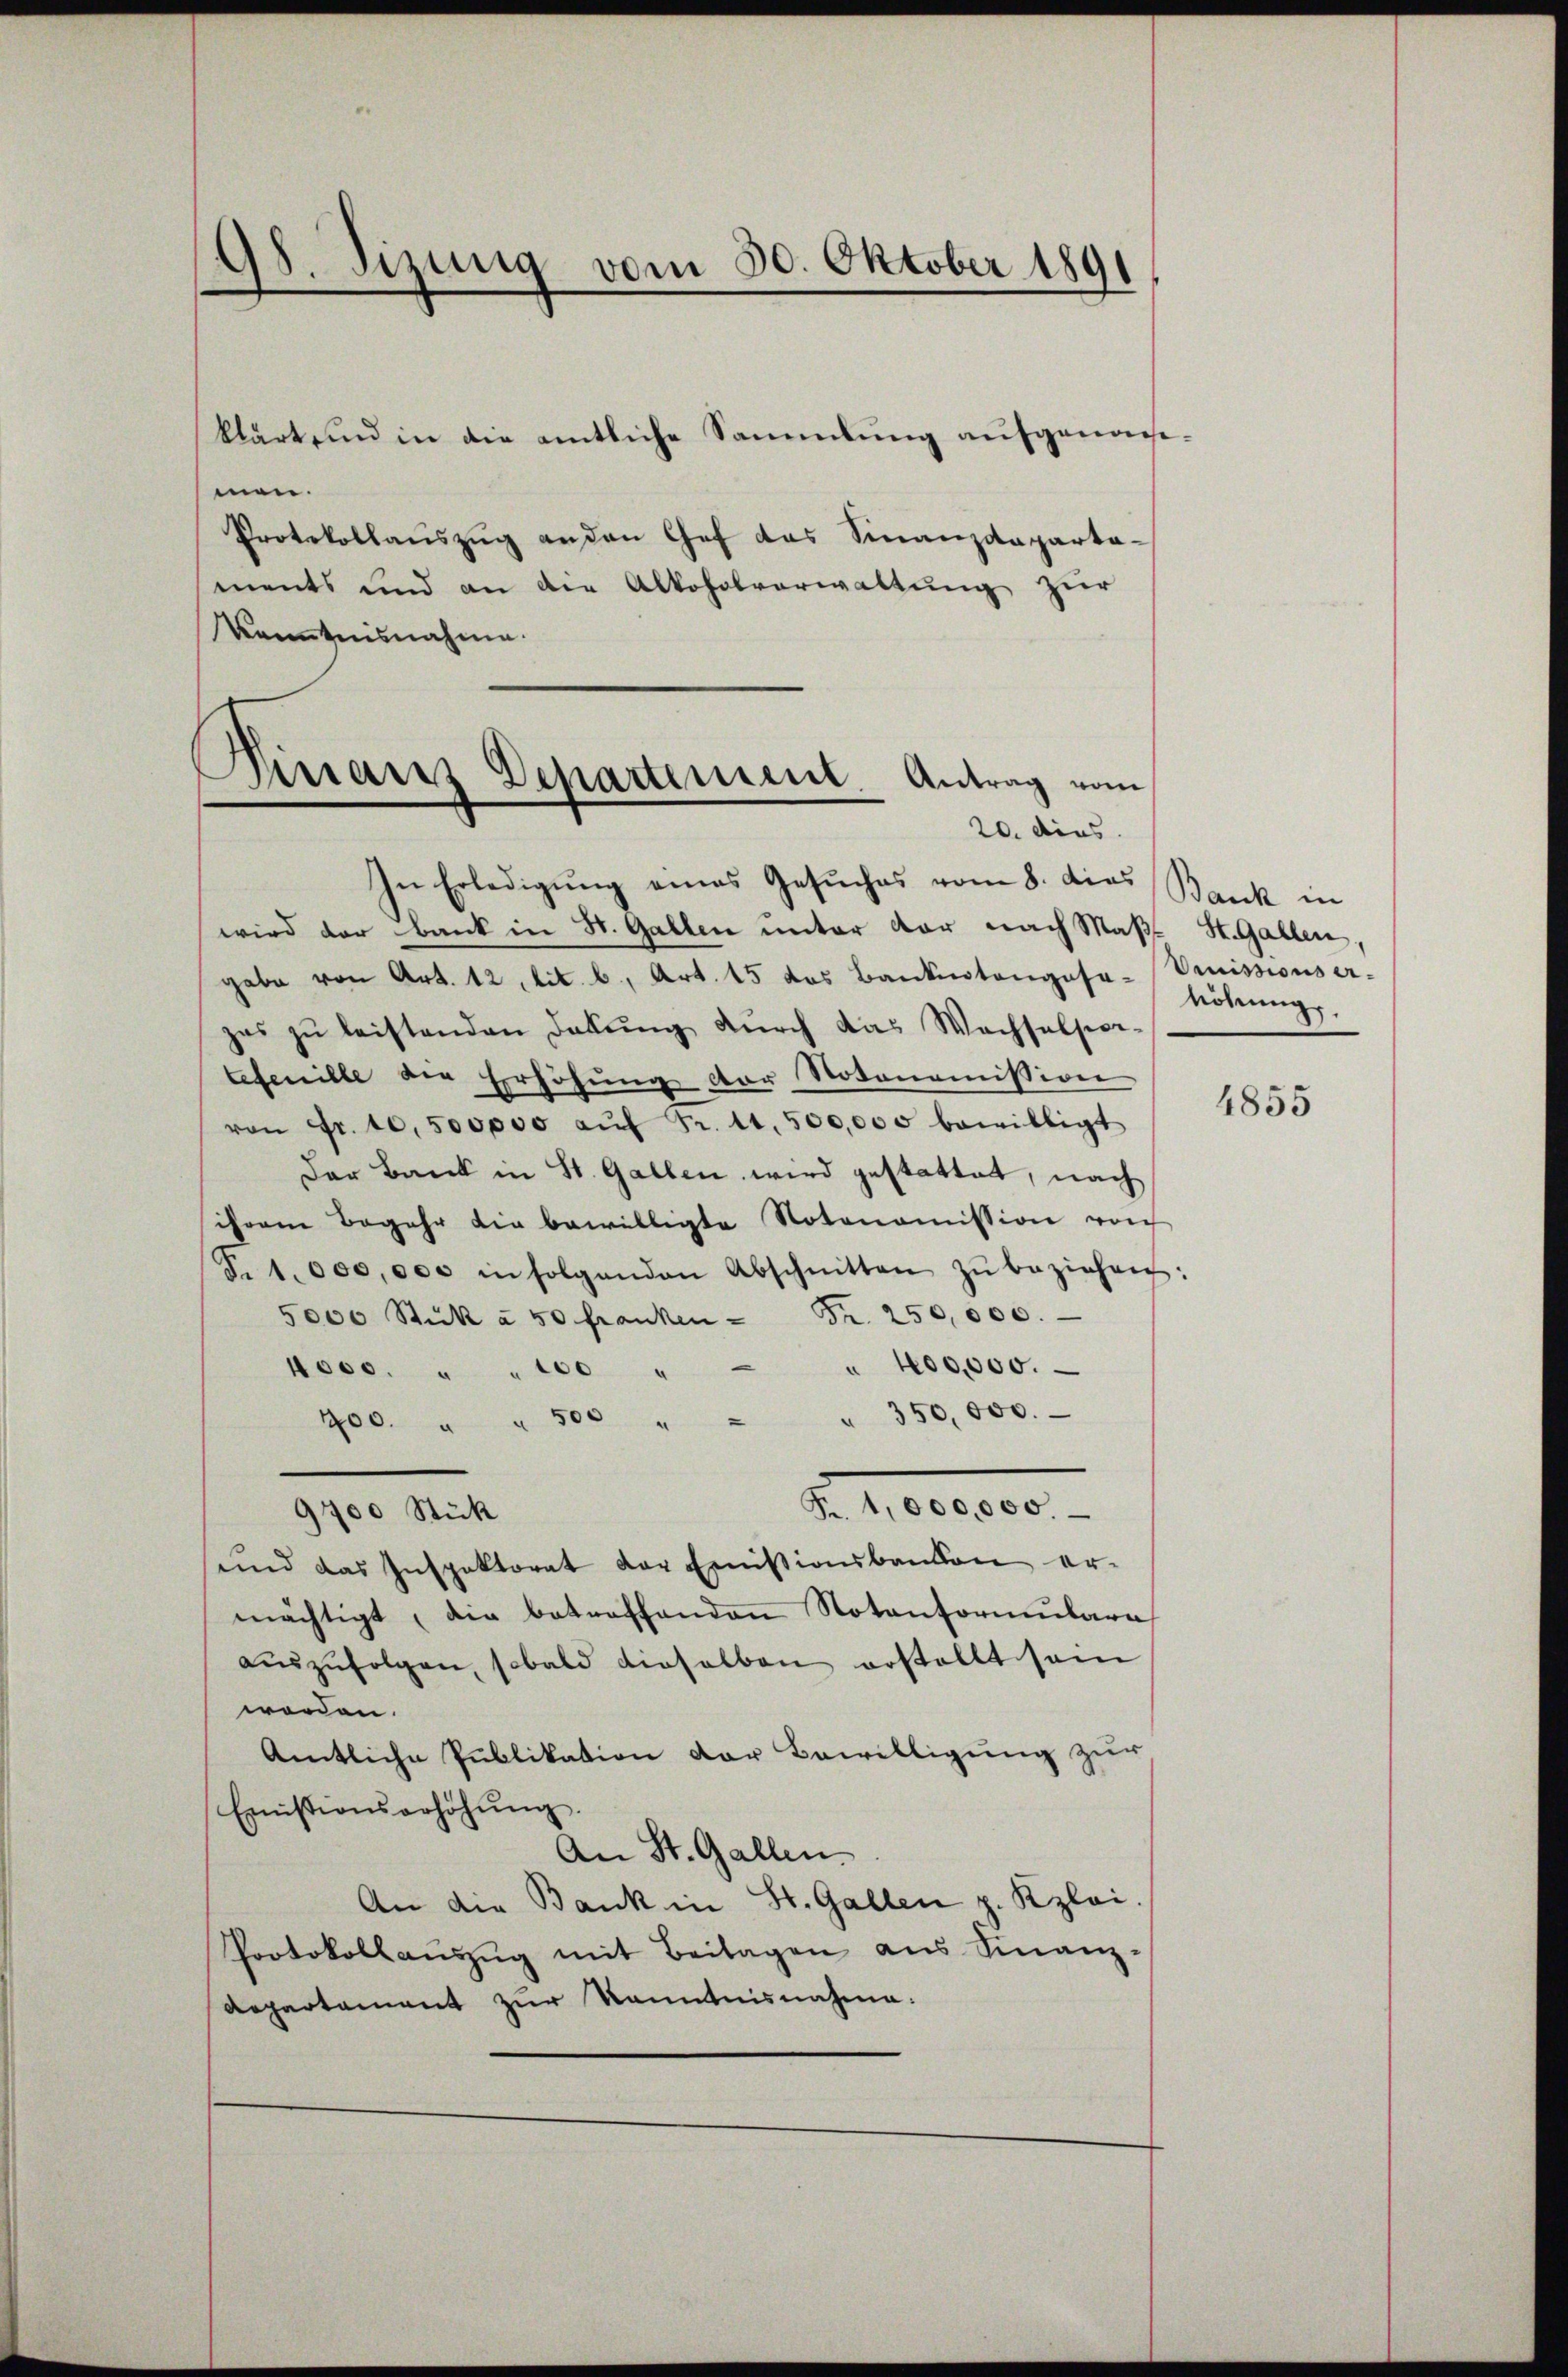
98. Sizig vom 30. Oktober 1891

men.
Protokollaŭszŭg an den Gef das Finanzdepartaments und an die Alkoholverwaltŭng zur
kanntnisnahme.

klärt, und in die amtliche Sammlung aufgenom¬

In Erledigung eines Gesuches vom 8. dies Bank in
wird der Bank in St. Gallen unter vor nach Maß- St. Gallen,
gabe von Art. 12 lit. b., Art. 15 das Bankintangose höhŭngs-
zes zŭ leistenden Dekŭng dŭrch das Wachselscon-
tefenille die Erhöhung der Notonomission
von Fr. 10,500,000 aŭf Fr. 11,500,000 bewilligt
Der Bank in St. Gallen wird gestattet, nach
ihrem Begehr die bewilligte Notonomission vo
S. 1000,000 in folgenden Abschnitten zŭ beziehen:
5000 Stück à 50 franken - Fr. 250,000.
4000. " " 100 " " 400,000.
900. " " 500 " " " 350,000.
Nr. 100000.
9700 Stück
sund das Inspektorat der Emissionsbandon er-
mächtigt, die betroffenden Notenformenbare
aŭszŭfolgen, sobald dieselben erstellt sein
worden.
Amtliche Publikation der Bewilligung zur
Emistionserhöhŭng.
An St. Gallen.
An die Bank in St. Gallen z. Kzlai.
Protokollaŭszŭg mit Beilagen ans Finanz-
Repartament zur Kenntnisnahme:

Dinians Departement Antrag vom
20. dies

Vomissions er-

4855